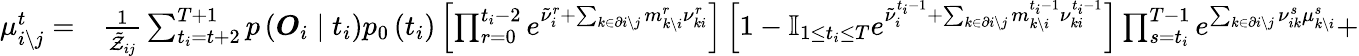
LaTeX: \begin{array}{rl}{\mu_{i\backslash j}^{t}=}&{{}\frac{1}{\tilde{\mathcal{Z}}_{ij}}\sum_{t_{i}=t+2}^{T+1}p\left(\boldsymbol{O}_{i}\mid t_{i}\right)p_{0}\left(t_{i}\right)\left[\prod_{r=0}^{t_{i}-2}e^{\tilde{\nu}_{i}^{r}+\sum_{k\in\partial i\setminus j}m_{k\setminus i}^{r}\nu_{ki}^{r}}\right]\left[1-\mathbb{I}_{1\leq t_{i}\leq T}e^{\tilde{\nu}_{i}^{t_{i}-1}+\sum_{k\in\partial i\setminus j}m_{k\setminus i}^{t_{i}-1}\nu_{ki}^{t_{i}-1}}\right]\prod_{s=t_{i}}^{T-1}e^{\sum_{k\in\partial i\setminus j}\nu_{ik}^{s}\mu_{k\setminus i}^{s}}+}\end{array}